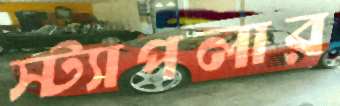
স্ট্যাপলার